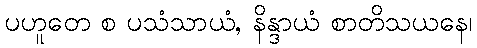
ပဟူတေ စ ပသံသာယံ, နိန္ဒာယံ စာတိသယနေ၊